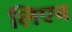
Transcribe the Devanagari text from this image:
लिएब